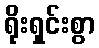
ရိုးရှင်းစွာ